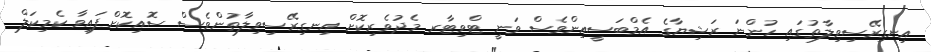
އިނގިރޭސިވިލާތުގައި ހުންނަ ރަޝިޔާގެ އެމްބަސީއިންވެސް ވަނީ ޓްވިޓާރ މެދުވެރިކޮށް އިނގިރޭސިވިލާތުންވެސް ސޮއިކޮށްފައިވާ ކެމިކަލް